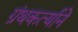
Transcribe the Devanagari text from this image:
ग्रंथकर्त्याने